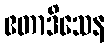
ဧတာဒိသေန